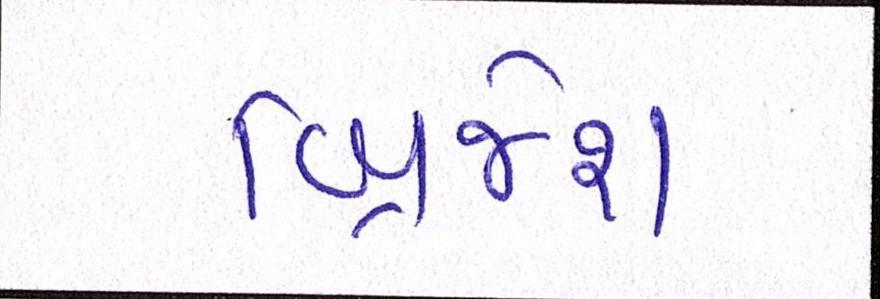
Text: બ્રિજેશ